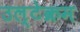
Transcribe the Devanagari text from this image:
उल्टेक्रम